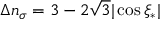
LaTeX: \Delta n _ { \sigma } = 3 - 2 \sqrt { 3 } | \cos \xi _ { * } |